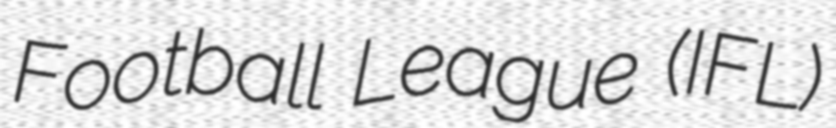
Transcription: Football League (IFL)